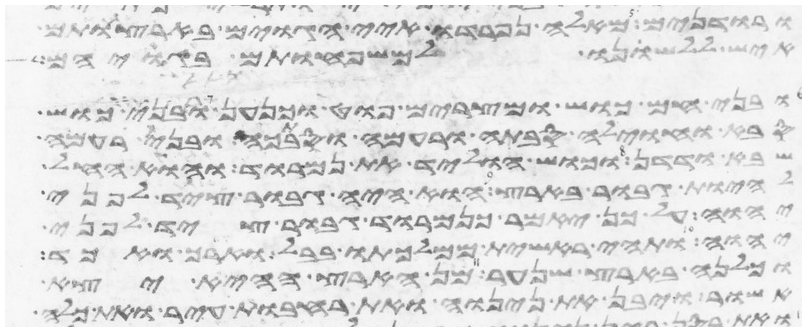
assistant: ורודנים מאלה נפרדו איי הגוים בארצותם
איש ללשנו למשפחותם בגויהם
ובני חם כוש ומצרים פוט וכנען ובני כוש
סבה וחוילה סבתה ורעמה וסבתכה ובני רעמה
שבא ודדן וכוש הוליד את נמרוד הוא החל
להיות גבור בארץ הוא היה גבור ציד לפני
יהוה על כן יאמר כנמרוד גבור ציד לפני
יהוה ותהי ראשית ממלכתו בבל וארך ואכד
וכלנה בארץ שנער מן הארץ ההיא יצא
אשור ויבן את נינוה ואת רחבות עיר ואת כלח